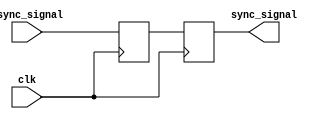
module synchronizer #(parameter WIDTH = 1) (
    input [WIDTH-1:0] async_signal,
    input clk,
    output [WIDTH-1:0] sync_signal
);
    // TODO: Create your 2 flip-flop synchronizer here
    // This module takes in a vector of WIDTH-bit asynchronous
    // (from different clock domain or not clocked, such as button press) signals
    // and should output a vector of WIDTH-bit synchronous signals
    // that are synchronized to the input clk
    reg [WIDTH-1:0] flip_flop_bits;
    reg [WIDTH-1:0] sync_signal_temp;
    always @(posedge clk) begin
        flip_flop_bits <= async_signal;
    end
    always @(posedge clk) begin
        sync_signal_temp <= flip_flop_bits;
    end
    assign sync_signal = sync_signal_temp;
endmodule